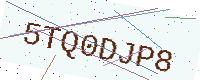
Text: 5TQ0DJP8